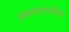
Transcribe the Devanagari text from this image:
अफगाणातील